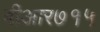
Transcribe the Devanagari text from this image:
बीआर७१५